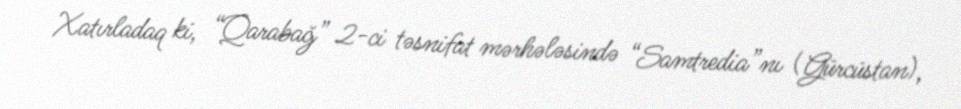
Xatırladaq ki, “Qarabağ” 2-ci təsnifat mərhələsində “Samtredia”nı (Gürcüstan),